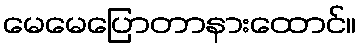
မေမေပြောတာနားထောင်။